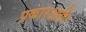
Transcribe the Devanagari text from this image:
प्रकारआणि